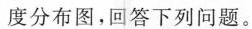
度分布图，回答下列问题。